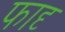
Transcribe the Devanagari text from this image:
फादृ